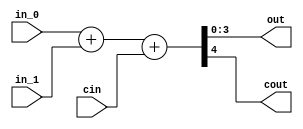
`timescale 1ns / 1ps
//////////////////////////////////////////////////////////////////////////////////
// Company: 
// Engineer: 
// 
// Design Name: 
// Module Name: add_4
// Project Name: 
// Target Devices: 
// Tool Versions: 
// Description: 
// 
// Dependencies: 
// 
// Revision:
// Revision 0.01 - File Created
// Additional Comments:
// 
//////////////////////////////////////////////////////////////////////////////////


module add_4(
    input [3:0] in_0,
    input [3:0] in_1,
    input cin,
    output [3:0] out,
    output cout
    );
    
    //assignment statement
    assign {cout, out} = in_0 + in_1 + cin;
    
endmodule